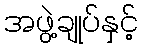
အဖွဲ့ချုပ်နှင့်